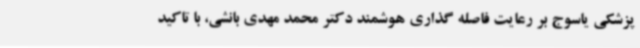
پزشکی یاسوج بر رعایت فاصله گذاری هوشمند دکتر محمد مهدی بانشی، با تاکید